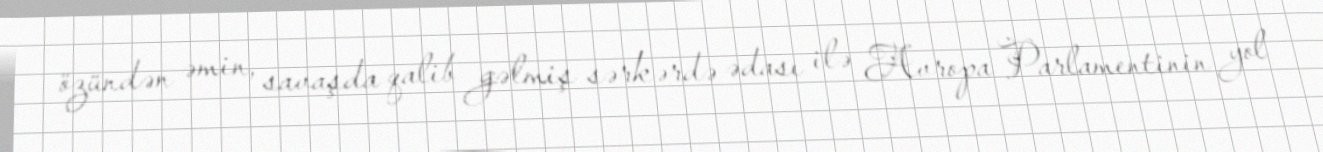
özündən əmin, savaşda qalib gəlmiş sərkərdə ədası ilə Avropa Parlamentinin yol